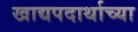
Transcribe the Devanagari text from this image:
खाद्यपदार्थाच्या